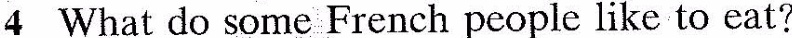
4 What do some French people like to eat?